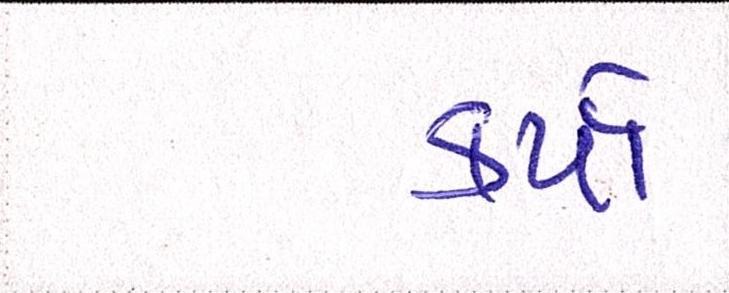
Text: કર્યાં